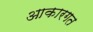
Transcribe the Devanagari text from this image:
आकारगत